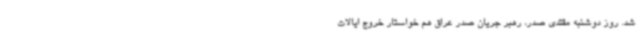
شد. روز دوشنبه مقتدی صدر، رهبر جریان صدر عراق هم خواستار خروج ایالات